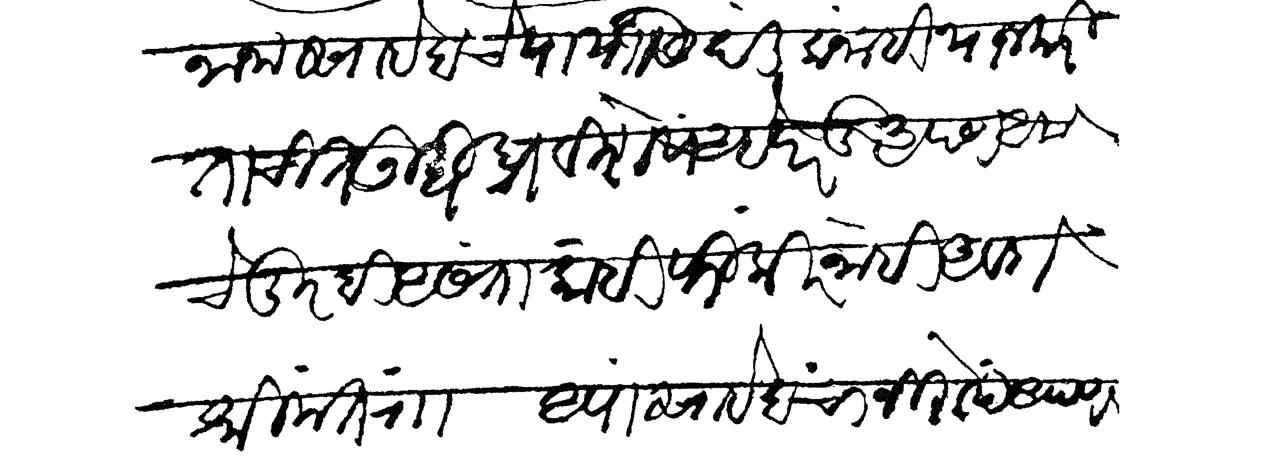
Transliteration (Devanagari): नानासाहेबाचे पायासी दंडक नाही याजकरितां चित उद्विघ्न विशेष आहे परंतु आपण आमचे मुरबी असतां कांही फिकीर नाही आवंदा श्रीमंत राा आपांसाहेबांचा निरोप आपण